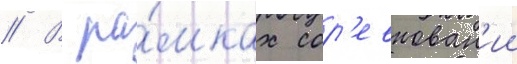
// В ра́мках сор'евнован'ии